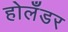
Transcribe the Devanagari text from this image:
होलॅंडर